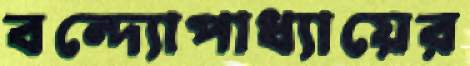
বন্দ্যোপাধ্যায়ের